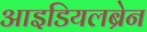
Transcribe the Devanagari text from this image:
आइडियलब्रेन